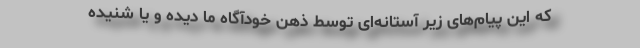
که این پیام‌های زیر آستانه‌ای توسط ذهن خودآگاه ما دیده و یا شنیده